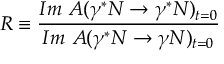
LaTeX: R \equiv \frac { I m ~ { \cal A } ( \gamma ^ { * } N \rightarrow \gamma ^ { * } N ) _ { t = 0 } } { I m ~ { \cal A } ( \gamma ^ { * } N \rightarrow \gamma N ) _ { t = 0 } }